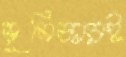
ভূমিকারই